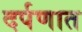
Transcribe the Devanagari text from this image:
दर्पणात